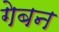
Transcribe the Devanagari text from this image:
गेबन